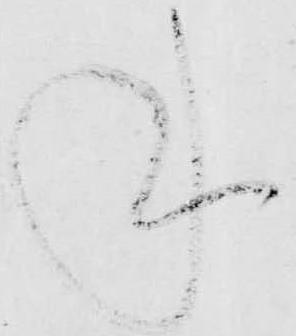
丹